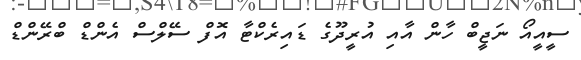
ސީއީއޯ ނަޖީބް ހާން އާއި އުރީދޫގެ ޑައިރެކްޓާ އޮފް ސޭލްސް އެންޑް ބްރޭންޑް